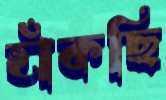
হাঁকছি